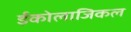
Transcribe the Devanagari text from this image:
ईकोलाजिकल